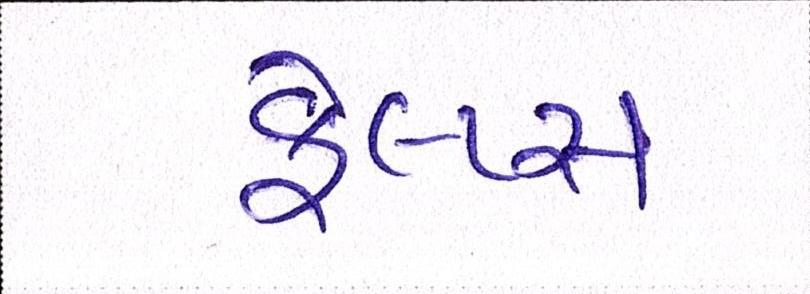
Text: ફેલ્પ્સ